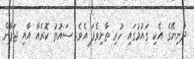
ދުނިޔޭގެ އެކި ގައުމުގައި ހުރި ތާށިވެެފަ އެވެ. ސައުތު ކޮރެއާ އާއި ޖަޕާން